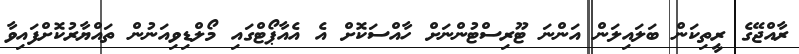
ރާއްޖޭގެ ރީތިކަން ބަލައިލަން އަންނަ ޓޫރިސްޓުންނަށް ހާއްސަކޮށް އެ އެއާޕޯޓްގައި މޯލްޑިވިއަނުން ތައްޔާރުކޮށްފައިވާ